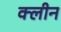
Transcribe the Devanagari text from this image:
क्‍लीन